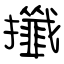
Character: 攕